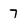
Character: 7